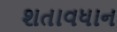
શતાવધાન